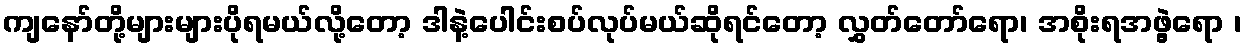
ကျနော်တို့များများပိုရမယ်လို့တော့ ဒါနဲ့ပေါင်းစပ်လုပ်မယ်ဆိုရင်တော့ လွှတ်တော်ရော၊ အစိုးရအဖွဲ့ရော ၊